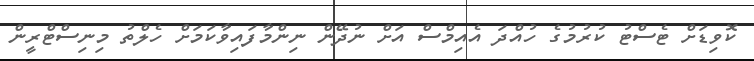
ކޮވިޑަށް ޓެސްޓު ކުރުމުގެ ހުއްދަ އެއިމްސް އަށް ނުދޭން ނިންމާފައިވާކަމަށް ހެލްތު މިނިސްޓްރީން